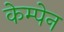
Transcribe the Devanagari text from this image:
केम्पेन